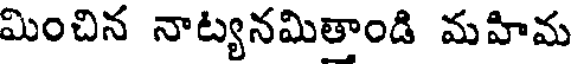
మించిన నాట్యనమితాండి మహిమ